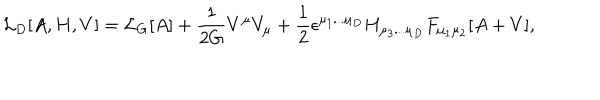
{ \cal L } _ { D } [ A , H , V ] = { \cal L } _ { G } [ A ] + \frac { 1 } { 2 G } V ^ { \mu } V _ { \mu } + \frac { 1 } { 2 } \epsilon ^ { \mu _ { 1 } . . . \mu _ { D } } H _ { \mu _ { 3 } . . . \mu _ { D } } F _ { \mu _ { 1 } \mu _ { 2 } } [ A + V ] ,